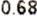
0.68